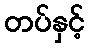
တပ်နှင့်